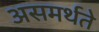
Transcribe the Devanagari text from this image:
असमर्थते